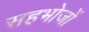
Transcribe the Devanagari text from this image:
सहभोजों